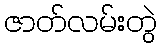
ဇာတ်လမ်းတွဲ